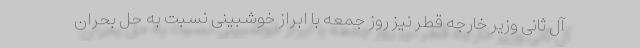
آل ثانی وزیر خارجه قطر نیز روز جمعه با ابراز خوشبینی نسبت به حل بحران